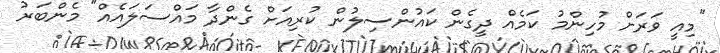
"މިއީ ވަރަށް މުހިންމު ކަމެއް ދީގެން ކައުންސިލުން ކުރިއަށް ގެންދާ މައްސަލައެއް" މެންބަރު